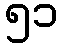
၅၁